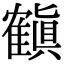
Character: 𬯳